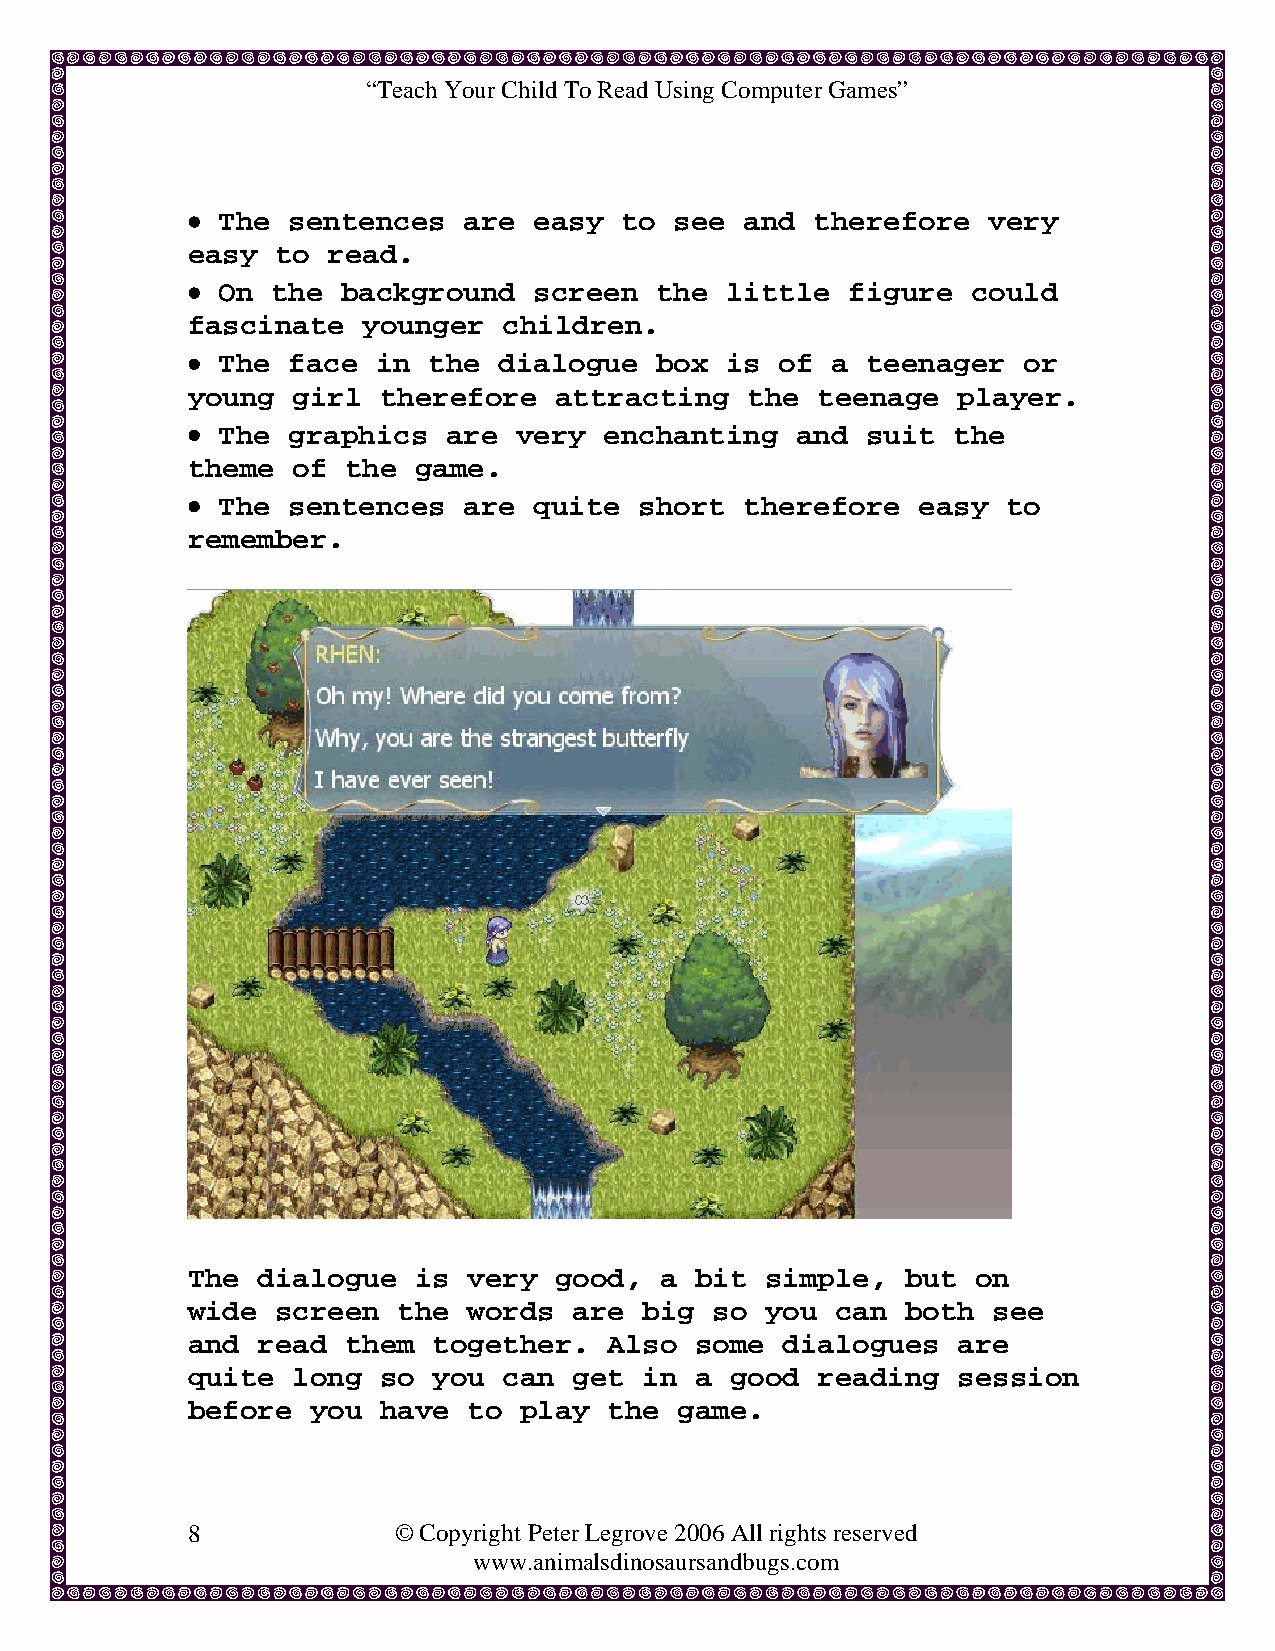
“Teach Your Child To Read Using Computer Games”
 • The  sentences   are easy  to  see and  therefore  very
 easy  to  read.
 • On  the  background  screen  the  little  figure  could
 fascinate   younger  children.
 • The  face  in the  dialogue  box  is  of a teenager   or
 young  girl  therefore   attracting  the  teenage  player.
 • The  graphics   are very  enchanting   and suit  the
 theme  of  the game.
 • The  sentences   are quite  short  therefore   easy  to
 remember.
 The  dialogue  is  very  good,  a bit  simple,  but  on
 wide  screen  the  words  are  big so  you can  both  see
 and  read  them  together.  Also  some  dialogues  are
 quite  long  so  you can  get  in a good  reading  session
 before   you have  to play  the  game.
 8             © Copyright Peter Legrove 2006 All rights reserved
 www.animalsdinosaursandbugs.com